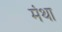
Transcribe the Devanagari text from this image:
मंथा